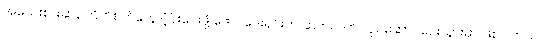
အသေးစားဆန်ကြိတ်စက်တွေ ပံ့ပိုးပေးဖို့ ဖောင်ဒေးရှင်းက ဆက်လက် လုပ်ဆောင်ပေးသွားမှာ ဖြစ်ပါတယ်။